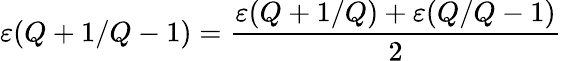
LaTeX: \varepsilon(\textit{Q}+1/\textit{Q}-1)=\frac{\varepsilon(\textit{Q}+1/\textit{Q})+\varepsilon(\textit{Q}/\textit{Q}-1)}{2}